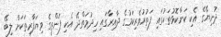
ދުނިޔޭގެ އެކި ކަންކޮޅުތަކުގައި ފަތުރުވެރިކަމުގެ ދާއިރާގައި ހިދުމަތްދޭ އެކި ފަންތީގެ ވިޔަފާރިތަކަށް ލިބޭ